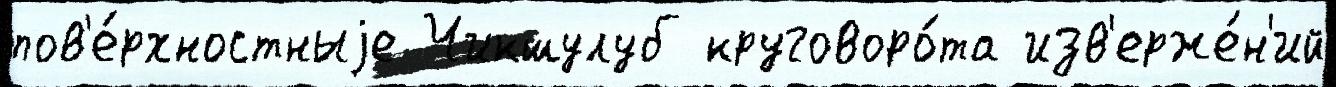
пов'е́рхностныjе Чикшулуб круговоро́та изв'ерже́н'ий